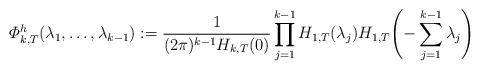
LaTeX: \begin{align*}\varPhi_{k,T}^{h}(\lambda_{1},\ldots,\lambda_{k-1}):=\frac{1}{(2\pi)^{k-1}H_{k,T}(0)}\prod_{j=1}^{k-1}H_{1,T}(\lambda_{j})H_{1,T} \Biggl(-\sum_{j=1}^{k-1}\lambda_{j} \Biggr)\end{align*}